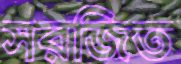
সরজিত